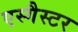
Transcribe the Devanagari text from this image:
एस्गैस्टर